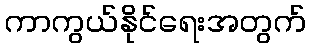
ကာကွယ်နိုင်ရေးအတွက်